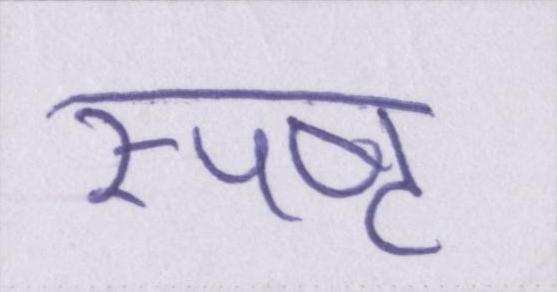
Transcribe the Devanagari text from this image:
स्पष्ट